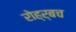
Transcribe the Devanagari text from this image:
रोह्र्बच